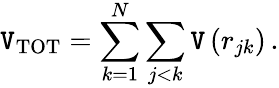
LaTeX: \mathtt{V}_{\mathrm{{TOT}}}=\sum_{k=1}^{N}\sum_{j<k}\mathtt{V}\left(r_{jk}\right)\, .